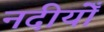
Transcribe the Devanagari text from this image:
नदीयोँ